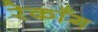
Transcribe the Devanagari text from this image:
रेकाँग